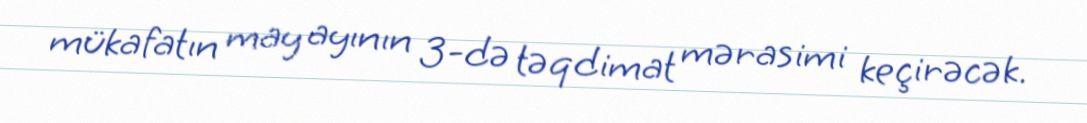
mükafatın may ayının 3-də təqdimat mərasimi keçirəcək.